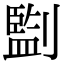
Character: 㔋